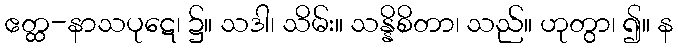
ဧတ္ထ-နာသပုဋေ၊ ၌။ သဒါ၊ သိမ်း။ သန္နိစိတာ၊ သည်။ ဟုတွာ၊ ၍။ န